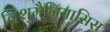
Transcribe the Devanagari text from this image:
लिशमैनियासिस